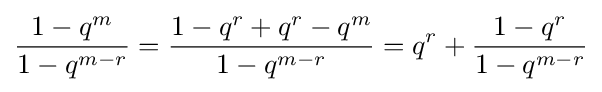
{\frac {1-q^{m}}{1-q^{m-r}}}={\frac {1-q^{r}+q^{r}-q^{m}}{1-q^{m-r}}}=q^{r}+{\frac {1-q^{r}}{1-q^{m-r}}}